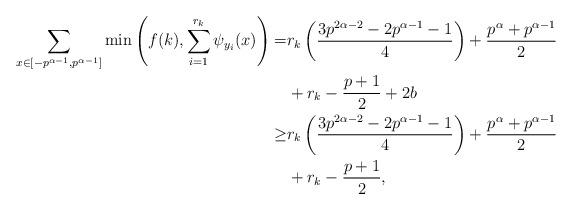
LaTeX: \begin{align*}\sum_{x \in [-p^{\alpha-1}, p^{\alpha-1}]}\min\left(f(k), \sum_{i=1}^{r_k} \psi_{y_i}(x) \right) =&r_k \left( \frac{3p^{2\alpha-2}-2p^{\alpha-1}-1}{4}\right) + \frac{p^\alpha+p^{\alpha-1}}{2} \\&+ r_k - \frac{p+1}{2} + 2b \\\geq& r_k \left( \frac{3p^{2\alpha-2}-2p^{\alpha-1}-1}{4}\right) + \frac{p^\alpha+p^{\alpha-1}}{2} \\&+ r_k - \frac{p+1}{2},\end{align*}